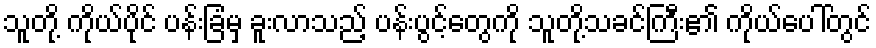
သူတို့ ကိုယ်ပိုင် ပန်းခြံမှ ခူးလာသည့် ပန်းပွင့်တွေကို သူတို့သခင်ကြီး၏ ကိုယ်ပေါ်တွင်